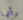
رأتها